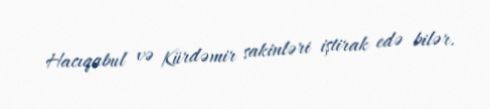
Hacıqabul və Kürdəmir sakinləri iştirak edə bilər.